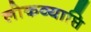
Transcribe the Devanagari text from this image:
लोकव्याप्ति